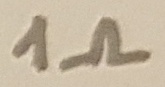
Text: 1Ω